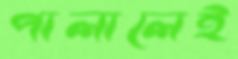
পালালেই